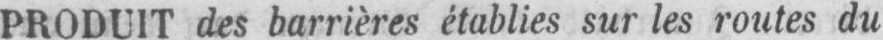
PRODUIT des barrières établies sur les routes du